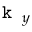
\texttt { k } _ { y }